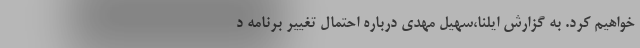
خواهیم کرد. به گزارش ایلنا،سهیل مهدی درباره احتمال تغییر برنامه د